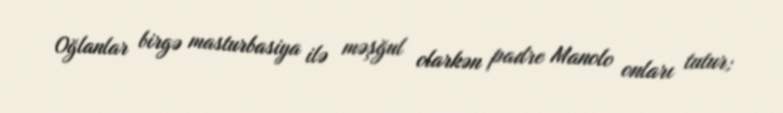
Oğlanlar birgə masturbasiya ilə məşğul olarkən padre Manolo onları tutur;